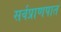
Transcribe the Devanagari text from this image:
सर्वप्राणपात